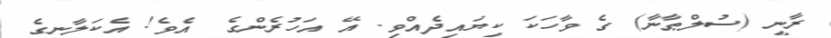
ރާނީ (ސުލްޠާނާ) ގެ ވާހަކަ ކިޔައިދެއްވި. އޭ އަހުރެންގެ  އެވެ! އެކަލާނގެ